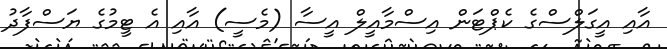
އާއި އީގަލްސްގެ ކެޕްޓަން އިސްމާއީލް އީސާ (މެސީ) އާއި އެ ޓީމުގެ ޔަސްފާދު